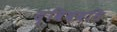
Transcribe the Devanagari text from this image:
द्विववधि